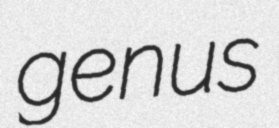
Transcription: genus